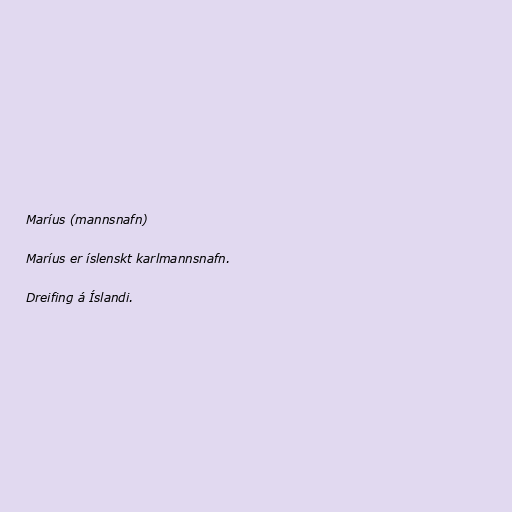
Maríus (mannsnafn)

Maríus er íslenskt karlmannsnafn.

Dreifing á Íslandi.